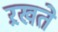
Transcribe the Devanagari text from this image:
ऱखते